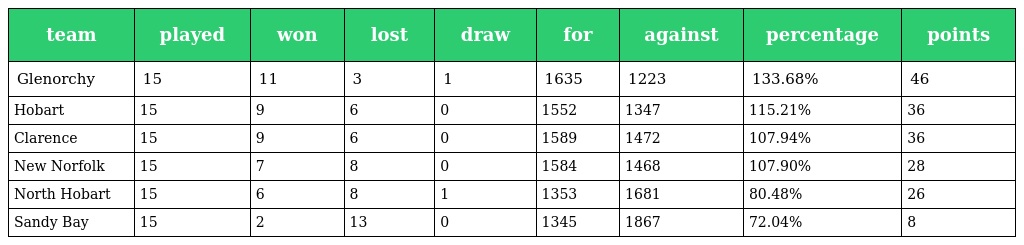
| team | played | won | lost | draw | for | against | percentage | points |
 | --- | --- | --- | --- | --- | --- | --- | --- | --- |
 | Glenorchy | 15 | 11 | 3 | 1 | 1635 | 1223 | 133.68% | 46 |
 | Hobart | 15 | 9 | 6 | 0 | 1552 | 1347 | 115.21% | 36 |
 | Clarence | 15 | 9 | 6 | 0 | 1589 | 1472 | 107.94% | 36 |
 | New Norfolk | 15 | 7 | 8 | 0 | 1584 | 1468 | 107.90% | 28 |
 | North Hobart | 15 | 6 | 8 | 1 | 1353 | 1681 | 80.48% | 26 |
 | Sandy Bay | 15 | 2 | 13 | 0 | 1345 | 1867 | 72.04% | 8 |